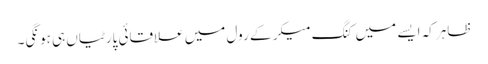
ظاہر کہ ایسے میں کنگ میکر کے رول میں علاقائی پارٹیاں ہی ہونگی۔